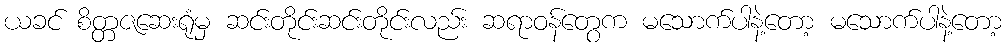
ယခင် စိတ္တဇဆေးရုံမှ ဆင်းတိုင်းဆင်းတိုင်းလည်း ဆရာဝန်တွေက မသောက်ပါနဲ့တော့ မသောက်ပါနဲ့တော့